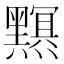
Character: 𤒭